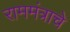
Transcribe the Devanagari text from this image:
राममंत्राचे